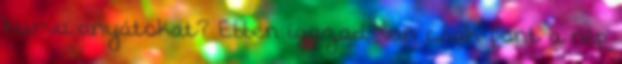
kurva anyátokat? Ebben igazad van csak pont a nép